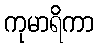
ကုမာရိကာ